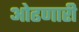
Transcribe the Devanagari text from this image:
ओढणारी